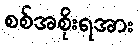
စစ်အစိုးရအား